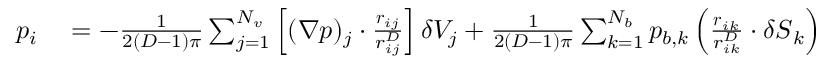
\begin{array} { r l } { p _ { i } } & { { } = - \frac 1 { 2 ( D - 1 ) \pi } \sum _ { j = 1 } ^ { N _ { v } } \left[ ( \boldsymbol { \nabla } p ) _ { j } \cdot \frac { \boldsymbol { r } _ { i j } } { r _ { i j } ^ { D } } \right] \delta V _ { j } + \frac 1 { 2 ( D - 1 ) \pi } \sum _ { k = 1 } ^ { N _ { b } } p _ { b , k } \left( \frac { \boldsymbol { r } _ { i k } } { r _ { i k } ^ { D } } \cdot \delta \boldsymbol { S } _ { k } \right) } \end{array}